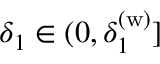
\delta _ { 1 } \in ( 0 , \delta _ { 1 } ^ { ( \mathrm { w ) } } ]